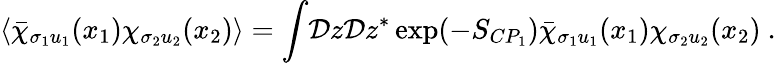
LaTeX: \langle\bar{\chi}_{\sigma_{1}u_{1}}(x_{1})\chi_{\sigma_{2}u_{2}}(x_{2})\rangle=\int\! {\cal D}z{\cal D}z^{*}\exp(-S_{CP_{1}})\bar{\chi}_{\sigma_{1}u_{1}}(x_{1})\chi_{\sigma_{2}u_{2}}(x_{2})~.